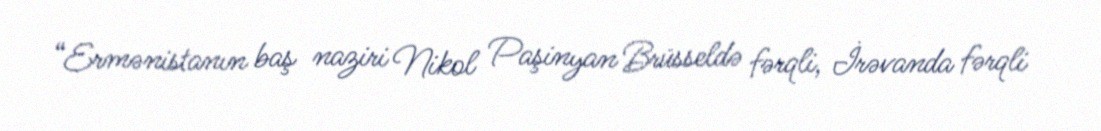
“Ermənistanın baş naziri Nikol Paşinyan Brüsseldə fərqli, İrəvanda fərqli